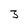
Character: 3